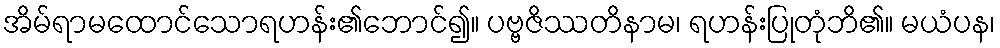
အိမ်ရာမထောင်သောရဟန်း၏ဘောင်၍။ ပဗ္ဗဇိဿတိနာမ၊ ရဟန်းပြုတုံဘိ၏။ မယံပန၊